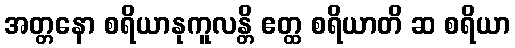
အတ္တနော စရိယာနုကူလန္တိ ဧတ္ထ စရိယာတိ ဆ စရိယာ